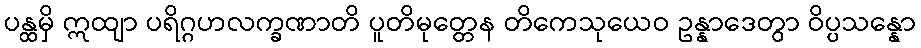
ပန္ထမှိ ဣထျာ ပရိဂ္ဂဟလက္ခဏာတိ ပူတိမုတ္တေန တိကေသုယေဝ ဥန္နာဒေတွာ ဝိပ္ပသန္နော